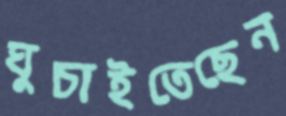
ঘুচাইতেছেন